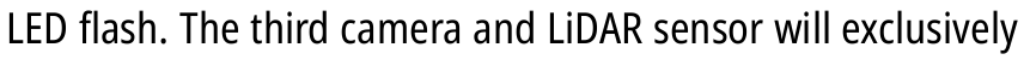
LED flash. The third camera and LiDAR sensor will exclusively